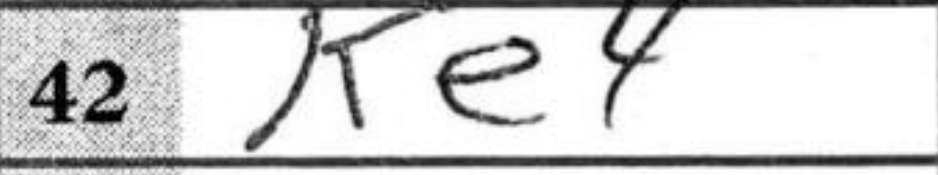
Transcription: Ke4